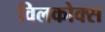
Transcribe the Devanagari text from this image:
विलकोक्स